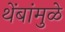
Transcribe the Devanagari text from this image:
थेंबांमुळे